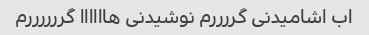
اب اشامیدنی گررررم نوشیدنی هاااااا گررررررم